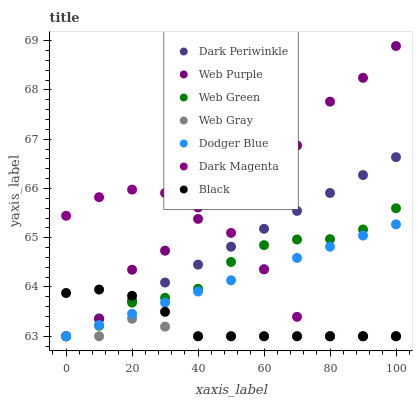
| xaxis_label | Dark Periwinkle | Web Purple | Web Green | Web Gray | Dodger Blue | Dark Magenta | Black |
 | --- | --- | --- | --- | --- | --- | --- | --- |
 | 0 | 63 | 63 | 63 | 63 | 63 | 65.4 | 63.9 |
 | 10 | 63.4 | 63.3 | 63.2 | 63 | 63.2 | 65.8 | 63.9 |
 | 20 | 63.7 | 64.4 | 63.7 | 63.4 | 63.5 | 66 | 63.8 |
 | 30 | 64.1 | 64.7 | 63.8 | 63.2 | 63.7 | 65.9 | 63.5 |
 | 40 | 64.5 | 65.4 | 64 | 63 | 63.9 | 65.6 | 63 |
 | 50 | 64.8 | 65.9 | 64.5 | 63 | 64.1 | 65.1 | 63 |
 | 60 | 65.2 | 66.6 | 64.8 | 63 | 64.4 | 64.4 | 63 |
 | 70 | 65.5 | 66.9 | 65 | 63 | 64.6 | 63.4 | 63 |
 | 80 | 65.9 | 67.8 | 65 | 63 | 64.8 | 63 | 63 |
 | 90 | 66.3 | 68.2 | 65.2 | 63 | 65 | 63 | 63 |
 | 100 | 66.6 | 68.9 | 65.6 | 63 | 65.3 | 63 | 63 |